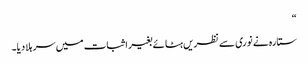
“
ستارہ نے نوری سے نظریں ہٹائے بغیر اثبات میں سر ہلا دیا۔